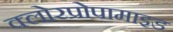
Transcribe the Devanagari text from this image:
क्लोरप्रोपामाइड